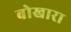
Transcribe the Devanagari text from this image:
बोखारा